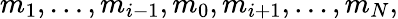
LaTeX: m_{1},\ldots,m_{i-1},m_{0},m_{i+1},\ldots,m_{N},